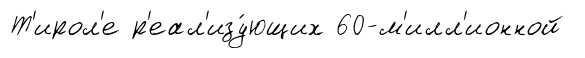
Т'ирол'е р'еал'изу́ющих 60-м'илл'ионной